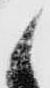
候